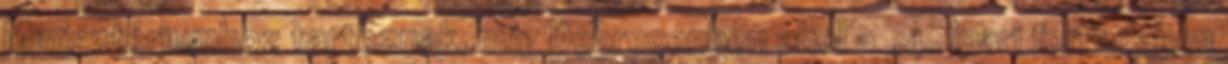
Minisztériumhoz tartoznak, míg Debrecenben ahol a „4. ipari forradalom